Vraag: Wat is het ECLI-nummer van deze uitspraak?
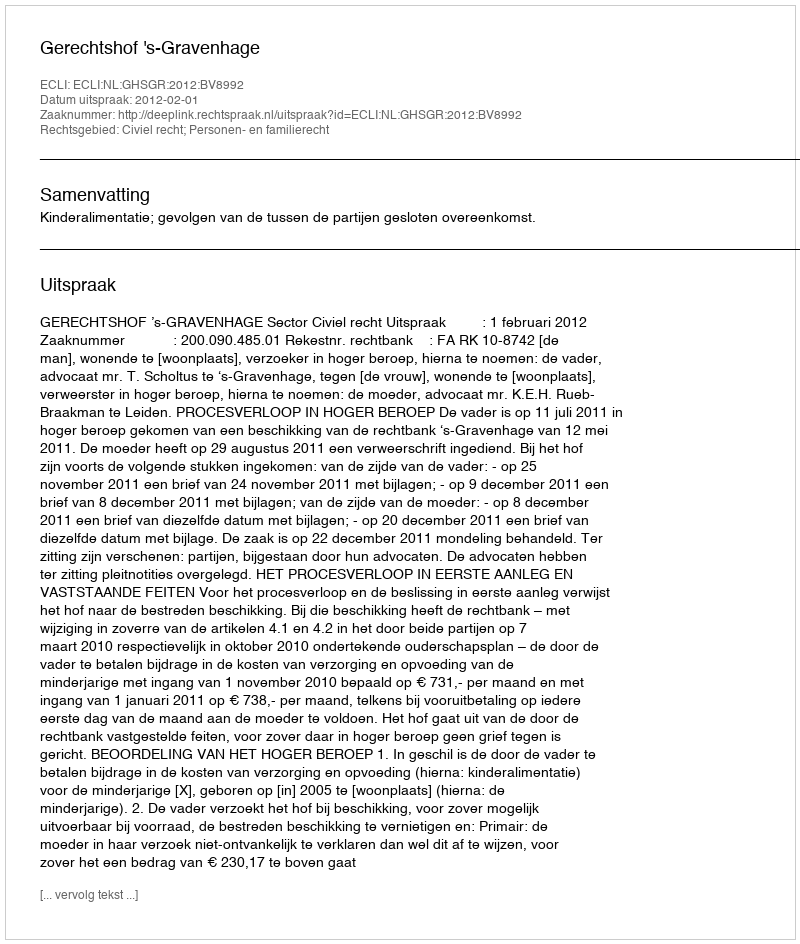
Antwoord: ECLI:NL:GHSGR:2012:BV8992